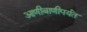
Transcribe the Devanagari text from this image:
आणीबाणीपर्यंत